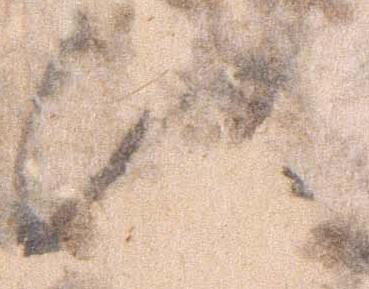
江